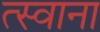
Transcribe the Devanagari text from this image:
त्स्वाना